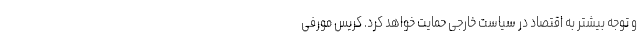
و توجه بیشتر به اقتصاد در سیاست خارجی حمایت خواهد کرد. کریس مورفی